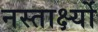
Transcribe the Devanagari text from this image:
नस्तार्क्ष्यो